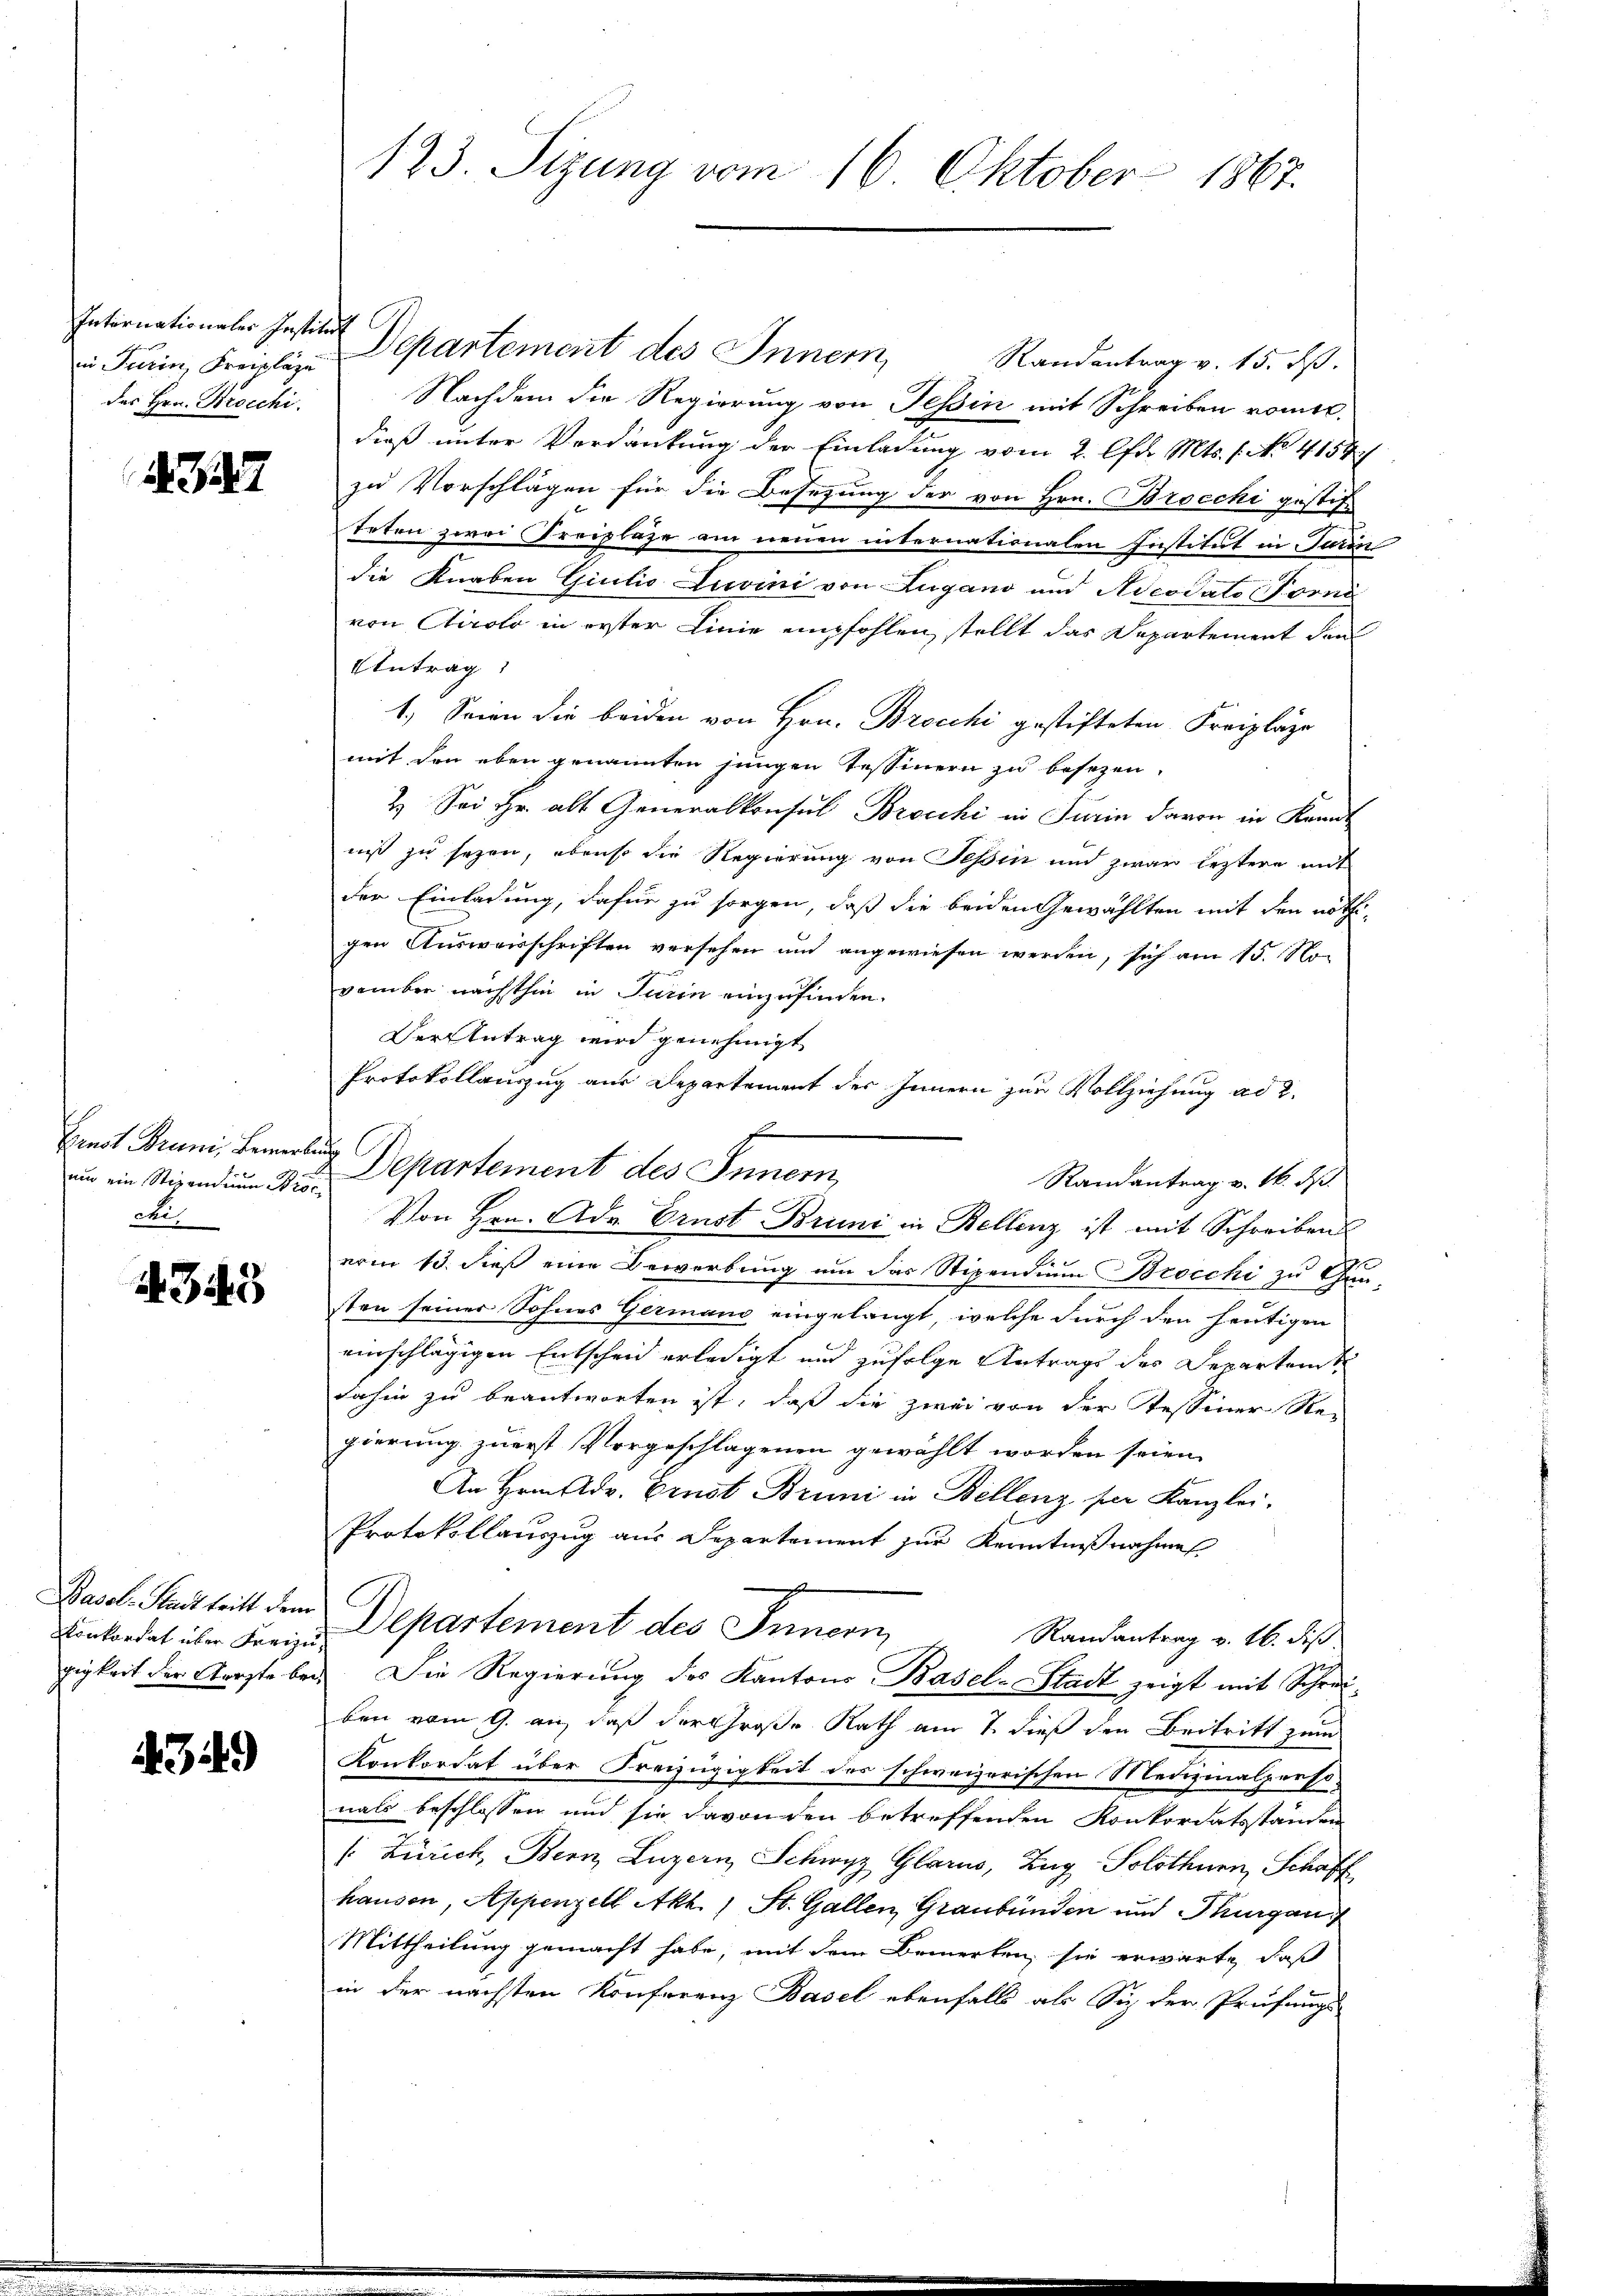
Internationaler Institut
in Turin, Freipläge
des Hrn. Broschi

322

um ein Stipendium dies
ce

4349

Konkordat über Freizu¬

4349)

Departement des Innern Randantrag v. 15. ds.
Nachdem die Regierung von Tessin mit Schreiben romit
dieß unter Verdankung der Einladung vom 2. lfd. Mts. 1. No 4158/
zu Vorschlägen für die Besetzung der von Hrn. Brocki gestif
teten zwei Freipläge am neuen internationalen Institut in Turin
die Knaben Giulio Livini von Lugano und Aeodato Forni
von Airolo in erster Linie empfohlen, stellt das Departement den
Antrag
1.) Seien die beiden von Hrn. Brocchi gestifteten Freipläge
mit den eben genannten jungen Tessinern zu besezen.
2. Sei Hr. alt Generalkonsul Brocki in Turin davon in Kant
niß zu sezen, ebenso die Regierung von Teßin und zwar leztere mit
der Einladung, dafür zu sorgen, daß die beiden Gewählten mit den nöthigen Ausweisschriften versehen und angewiesen werden, sich am 15. November nächsthin in Turin einzufinden.
Der Antrag wird genehmigt
Protokollauszug aus Departement des Innern zur Vollziehung ad 2.
Randantrag v. 16. ds.
Von Hrn. Adr. Ernst Bruni in Bellenz ist mit Schreibens
vom 13. dieß eine Bewerbung um das Stipendium Brocchi zu Gun-
sten seiner Sohnes Germano eingelangt, welche durch den heutigen
einschlägigen Entscheid erledigt und zufolge Antrags des Departen
dahin zu beantworten ist, daß die zwei von der Tessiner Re-
gierung zuerst Vorgeschlagenen gewählt worden seien,
An Hrn. Adv. Ernst Bruni in Bellenz per Kanzlei.
Protokollauszug aus Departement zur Kenntnißnahme
g
Basel-Stadt tritt dem Departement des Innern,
Randantrag v. 16. dis
gigkeit der Aerzte bei. Die Regierung des Kantons Basel-Stadt zeigt mit Schreiben vom 9. an, daß der Große Rath am 7. dieß den Beitritt zum
Konkordat über Freizügigkeit des schweizerischen Medizinalpersonals beschlossen und sie davon den betreffenden Konkordatsstanden
s: Zürich, Bern, Luzern, Schwyz, Glarus, Zug Solothurn, Schaff
hausen, Appenzell Akt.) St. Gallen Graubünden und Thurgau,
Mittheilung gemacht habe, mit dem Bemerken sie erwarte, daß
in der nächsten Konferenz Basel ebenfalls als Sie der Prüfungs-

123. Sizung vom 16. Oktober 1867.

Ermit Bruni, Benes Departement des Innern,